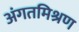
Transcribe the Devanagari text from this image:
अंगतमिश्रण